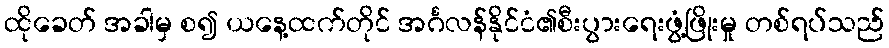
ထိုခေတ် အခါမှ စ၍ ယနေ့ထက်တိုင် အင်္ဂလန်နိုင်ငံ၏စီးပွားရေးဖွံ့ဖြိုးမှု တစ်ရပ်သည်